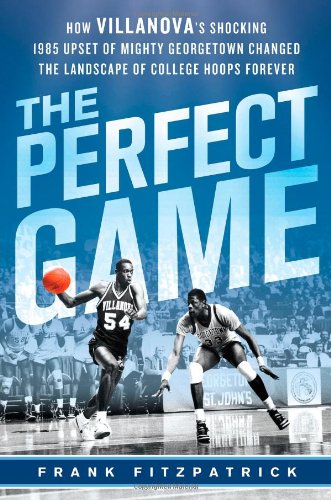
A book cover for The Perfect Game: How Villanova's Shocking 1985 Upset of Mighty Georgetown Changed the Landscape of College Hoops Forever; Frank Fitzpatrick; Sports & Outdoors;